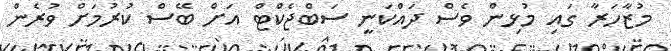
މުޒާހަރާ ގައި މުޅިން ވެސް ދައްކަނީ ސަބްޖެކްޓް އަށް ބޭސް ކުރުމަށް ވުރެން